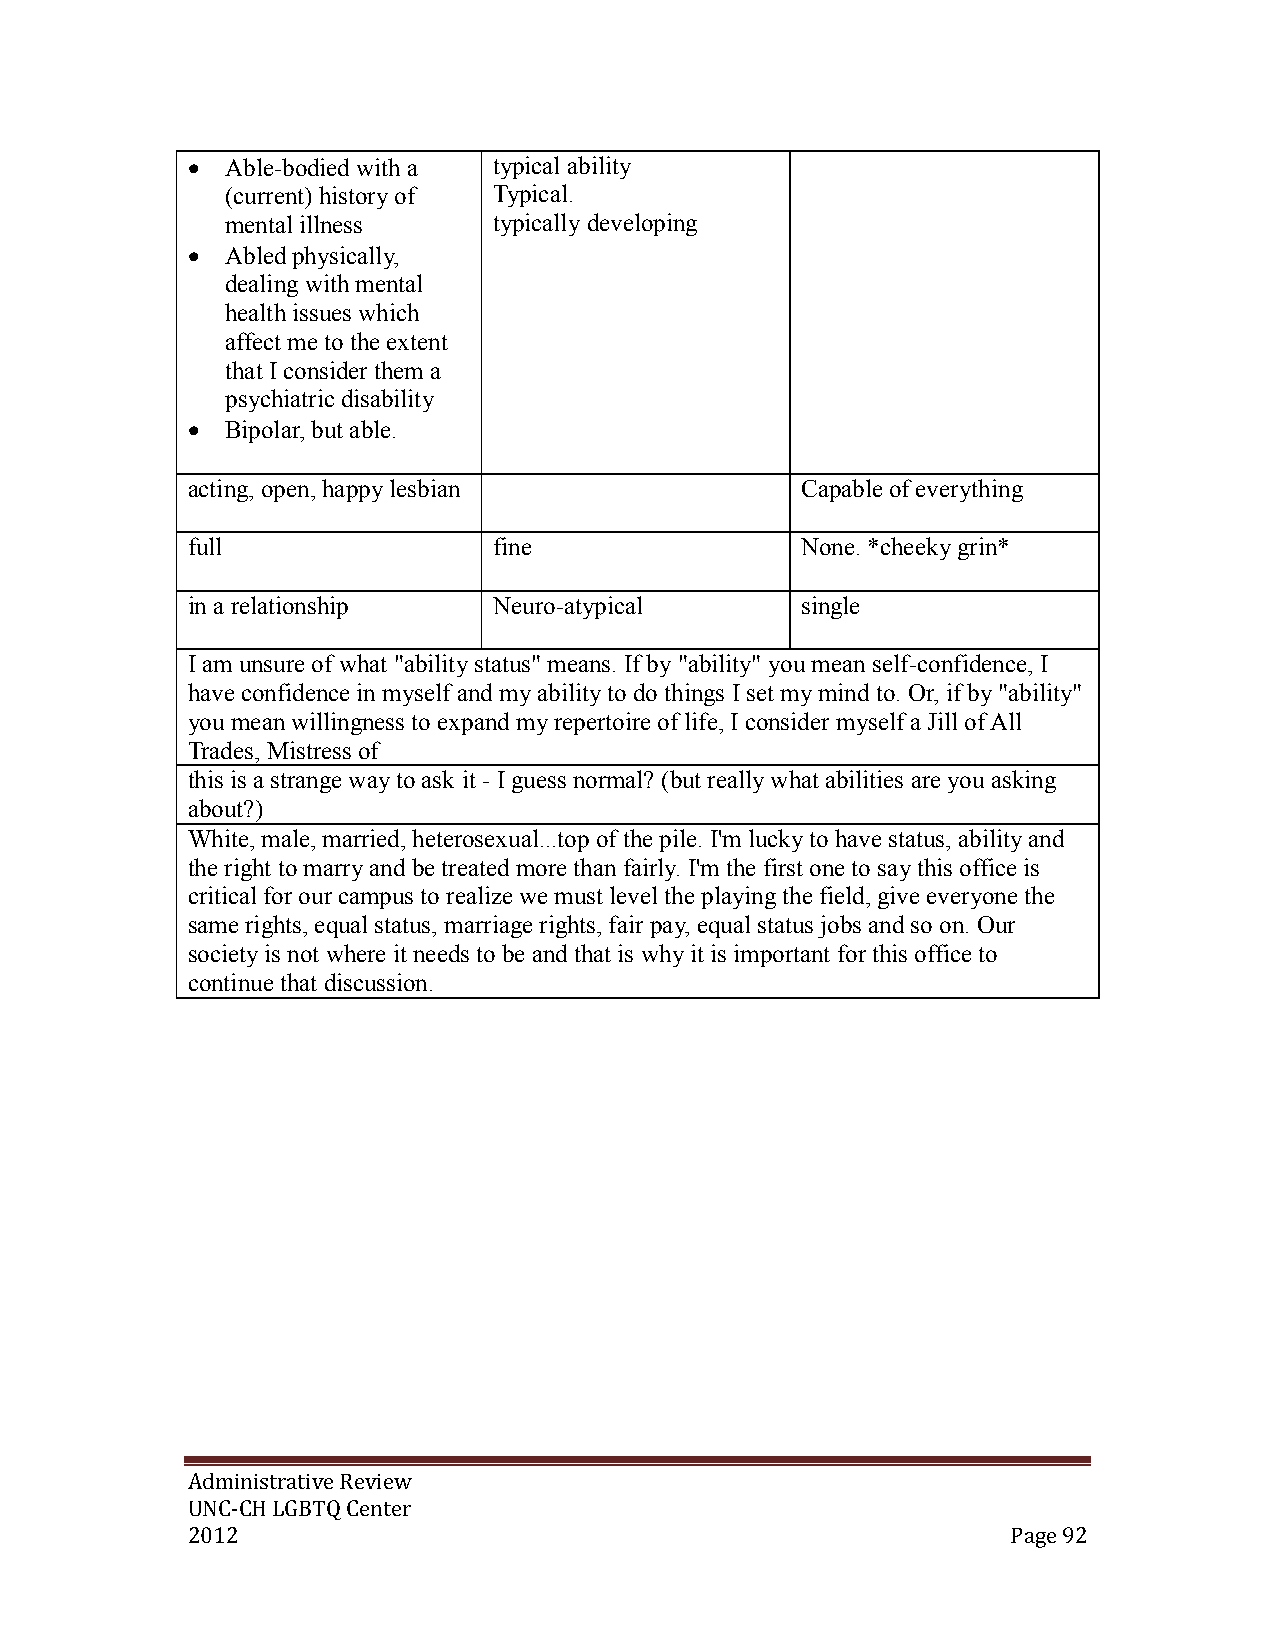
  Able-bodied with a typical ability
 (current) history of Typical.
 mental illness    typically developing
   Abled physically,
 dealing with mental
 health issues which
 affect me to the extent
 that I consider them a
 psychiatric disability
   Bipolar, but able.
 acting, open, happy lesbian              Capable of everything
 full                 fine                None. *cheeky grin*
 in a relationship    Neuro-atypical      single
 I am unsure of what "ability status" means. If by "ability" you mean self-confidence, I
 have confidence in myself and my ability to do things I set my mind to. Or, if by "ability"
 you mean willingness to expand my repertoire of life, I consider myself a Jill of All
 Trades, Mistress of
 this is a strange way to ask it - I guess normal? (but really what abilities are you asking
 about?)
 White, male, married, heterosexual...top of the pile. I'm lucky to have status, ability and
 the right to marry and be treated more than fairly. I'm the first one to say this office is
 critical for our campus to realize we must level the playing the field, give everyone the
 same rights, equal status, marriage rights, fair pay, equal status jobs and so on. Our
 society is not where it needs to be and that is why it is important for this office to
 continue that discussion.
 Administrative Review
 UNC-CH LGBTQ Center
 2012                                                   Page 92